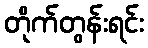
တိုက်တွန်းရင်း